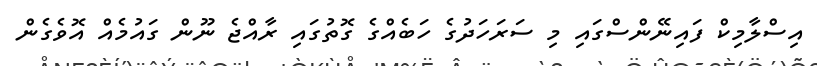
އިސްލާމިކް ފައިނޭންސްގައި މި ސަރަހަދުގެ ހަބެއްގެ ގޮތުގައި ރާއްޖެ ނޫން ގައުމެއް އޮވެގެން